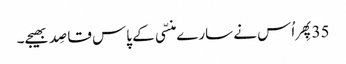
35پِھر اُس نے سارے منسّی کے پاس قاصِد بھیجے۔